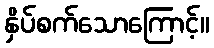
နှိပ်စက်သောကြောင့်။